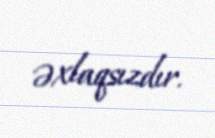
əxlaqsızdır.